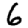
Digit: 6